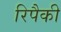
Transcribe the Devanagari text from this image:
रिपैकी